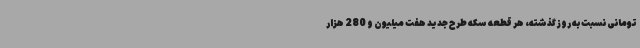
تومانی نسبت به روز گذشته، هر قطعه سکه طرح جدید هفت میلیون و 280 هزار